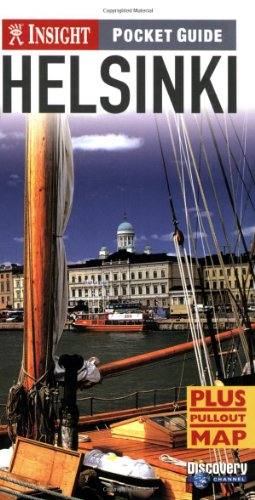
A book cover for Insight Pckt GD Helsinki -OS (Insight Pocket Guide Helsinki); Brian Bell; Travel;